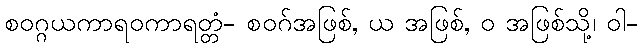
စဝဂ္ဂယကာရဝကာရတ္တံ- စဝဂ်အဖြစ်, ယ အဖြစ်, ဝ အဖြစ်သို့၊ ဝါ-